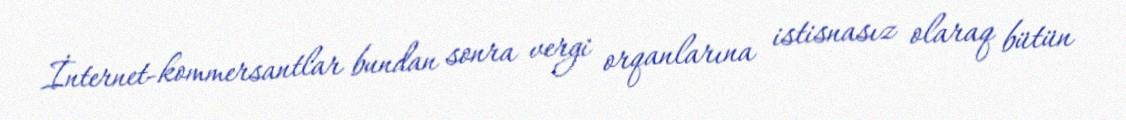
İnternet-kommersantlar bundan sonra vergi orqanlarına istisnasız olaraq bütün